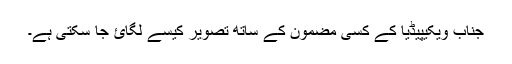
جناب ویکیپیڈیا کے کسی مضمون کے ساتھ تصویر کیسے لگائ جا سکتی ہے۔